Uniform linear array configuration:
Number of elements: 24
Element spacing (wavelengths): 1
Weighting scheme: hann
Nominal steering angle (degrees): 60
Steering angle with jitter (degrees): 59.853
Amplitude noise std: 0.05
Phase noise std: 0.05

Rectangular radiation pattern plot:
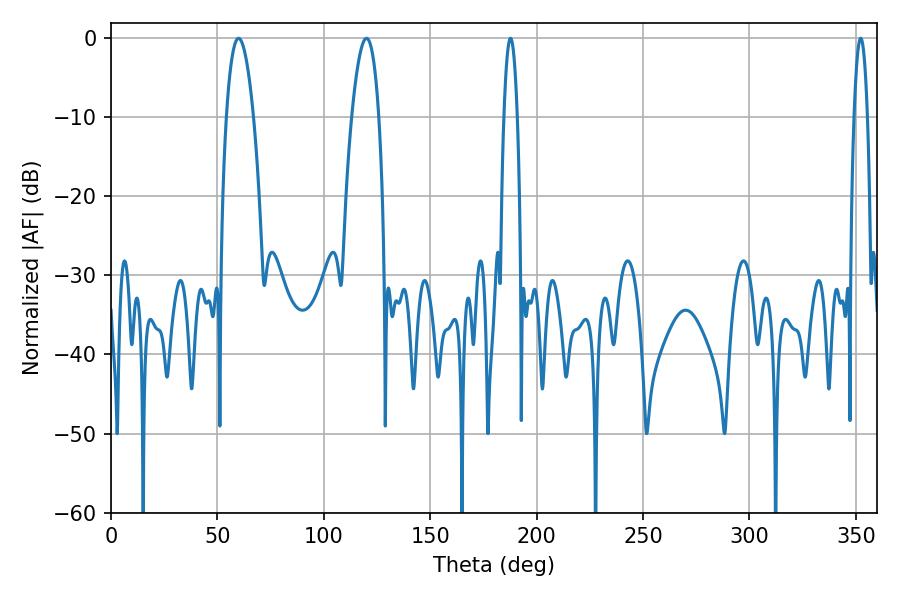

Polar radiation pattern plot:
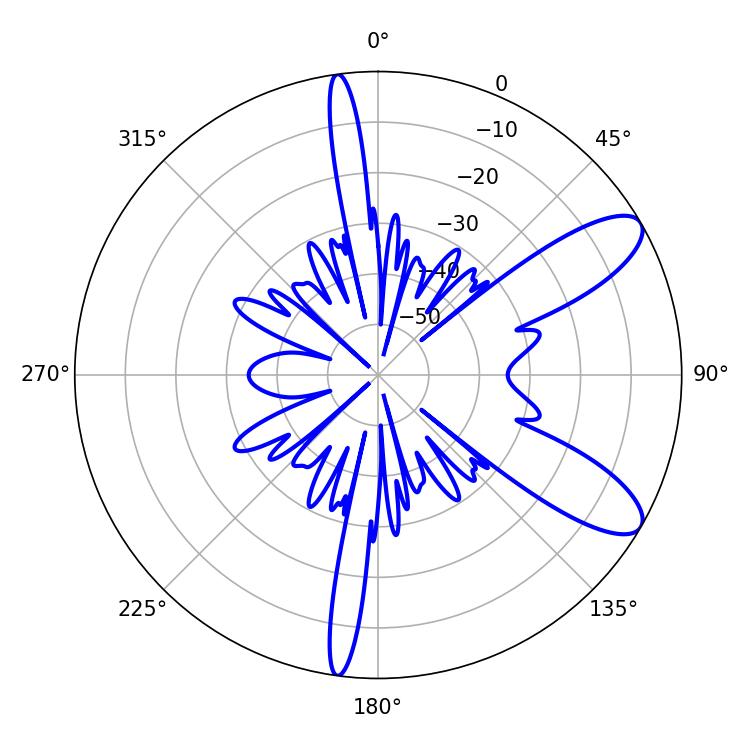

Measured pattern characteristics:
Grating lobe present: TRUE
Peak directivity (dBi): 9.756
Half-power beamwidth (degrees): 7.02
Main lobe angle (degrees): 59.94